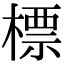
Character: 標